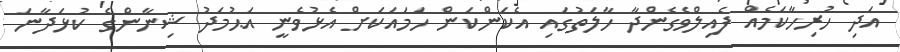
އަދި ހުރިހާކަމެއް ފެއިލްވެގެންދާ ހާލަތުގައި އެކަންކަން ހަމައަކަށް އެޅުވެނީ އަޙުމަދު ޝިނާންގެ ކުޅަދާނަ